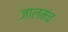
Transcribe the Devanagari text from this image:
जालमंच